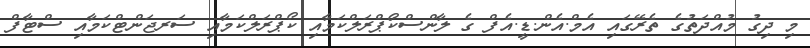
މި ދިގު މުއްދަތުގެ ތެރޭގައި އެމް.އެން.ޑީ.އެފް ގެ ލާންސްކޯޕްރަލްކަމާއި ކޯޕްރަލްކަމާއި ސަރޖަންޓްކަމާއި ސްޓާފް